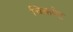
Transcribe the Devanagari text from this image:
चिकपेट